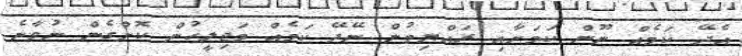
އެދޭ ކަމެއް ނޫން ކަމަށާއި ރައްޔިތުން ނޭދޭ ކަމެއް މަޖިލީހުން ކޮށްގެން ނުވާނެ